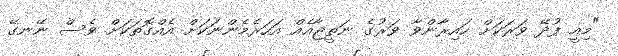
"މިއީ ފުދޭ ވަރަކަށް ހައިރާންވާ ވަރުގެ ނަތީޖާއެއް އަހަރެމެންނަކަށް އެއްގޮތަކަށް ވެސް ނޭނގޭ